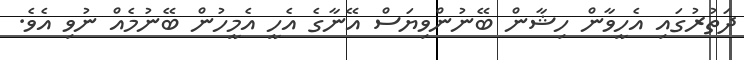
ދަތުރުގައި އެހީވާން ހިޝާން ބޭނުންވިޔަސް އޭނާގެ އެހީ އެމީހުން ބޭނުމެއް ނުވި އެވެ.